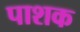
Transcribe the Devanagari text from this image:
पाशक